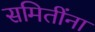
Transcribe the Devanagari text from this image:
समितींना